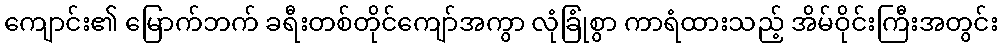
ကျောင်း၏ မြောက်ဘက် ခရီးတစ်တိုင်ကျော်အကွာ လုံခြုံစွာ ကာရံထားသည့် အိမ်ဝိုင်းကြီးအတွင်း